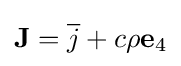
\mathbf {J} ={\overline {j}}+c\rho \mathbf {e} _{4}